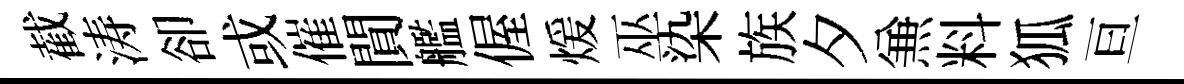
截涛卻或催閴艦偓煖巫染族夕𠔥料狐亘